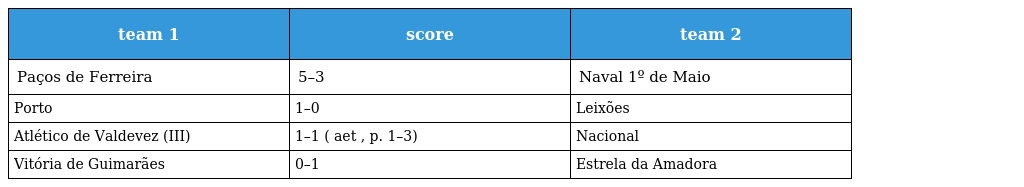
| team 1 | score | team 2 |
 | --- | --- | --- |
 | Paços de Ferreira | 5–3 | Naval 1º de Maio |
 | Porto | 1–0 | Leixões |
 | Atlético de Valdevez (III) | 1–1 ( aet , p. 1–3) | Nacional |
 | Vitória de Guimarães | 0–1 | Estrela da Amadora |